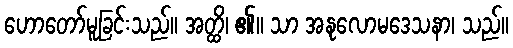
ဟောတော်မူခြင်းသည်။ အတ္ထိ၊ ၏။ သာ အနုလောမဒေသနာ၊ သည်။